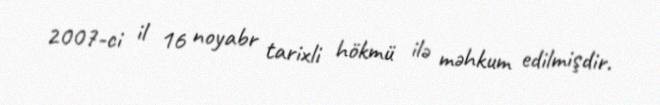
2007-ci il 16 noyabr tarixli hökmü ilə məhkum edilmişdir.